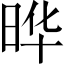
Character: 晔